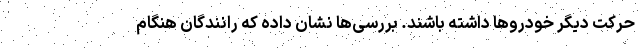
حرکت دیگر خودروها داشته باشند. بررسی‌ها نشان داده که رانندگان هنگام